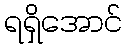
ရရှိအောင်